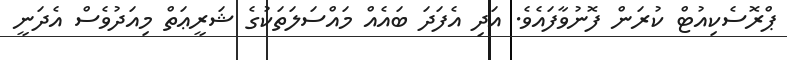
ޕްރޮސެކިއުޓް ކުރަން ފޮނުވާފައެވެ. އަދި އެފަދަ ބައެއް މައްސަލަތަކުގެ ޝަރީޢަތް މިއަދުވެސް އެދަނީ